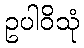
ဥပါဝိသုံ